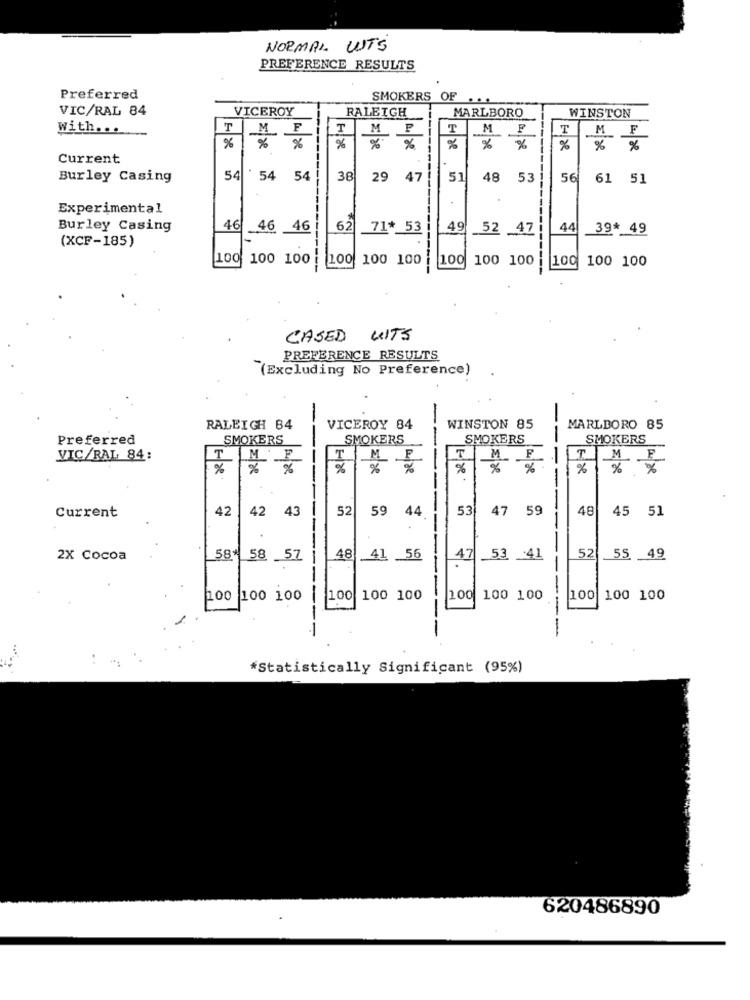
NORMAL LUTS
PREFERENCE RESULTS
Preferred
SMOKERS OF
VIC/RAL 84
VICEROY
RALEIGH
WINSTON
MARLBORO
with ...
T
M
F
T
M
P
T
M
T
M
F
%
%
%
%
%
%
%
%
%
%
Current
Burley Casing
54
54
54
38
29
47
51
48
53
56
61
51
Experimental
Burley Casing
46
46 46
62
71 *_ 53
49
52 .47
44
39* 49
(XCF-185)
100 100 100
200
100 100
100
100 100
100
100 100
---
CASED UITS
PREFERENCE RESULTS
(Excluding No Preference)
RALEIGH 84
VICEROY 84
WINSTON 85
MARLBORO 85
Preferred
SMOKERS
SMOKERS
SMOKERS
SMOKERS
--
---
T
VIC/RAL 84:
T
ME
TIME
F
%
%
%
%
Current
42
42
43
52
59
44
53
47
59
48
45 51
52
2X Cocoa
584
58
57
---
48
.41
56
47
_53
41
55 49
200
100 100
100|
100 100
100 100
100 100 100
----
---
----
: -
*Statistically Significant (95%)
620486890